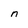
Character: n